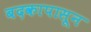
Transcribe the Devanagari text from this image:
बदकापासून